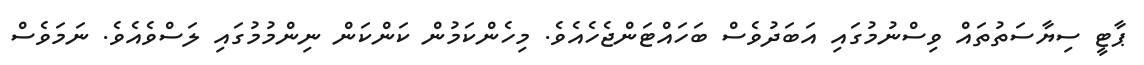
ޕާޓީ ސިޔާސަތުތައް ވިސްނުމުގައި އަބަދުވެސް ބަހައްޓަންޖެހެއެވެ. މިހެންކަމުން ކަންކަން ނިންމުމުގައި ލަސްވެއެވެ. ނަމަވެސް